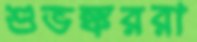
শুভঙ্কররা